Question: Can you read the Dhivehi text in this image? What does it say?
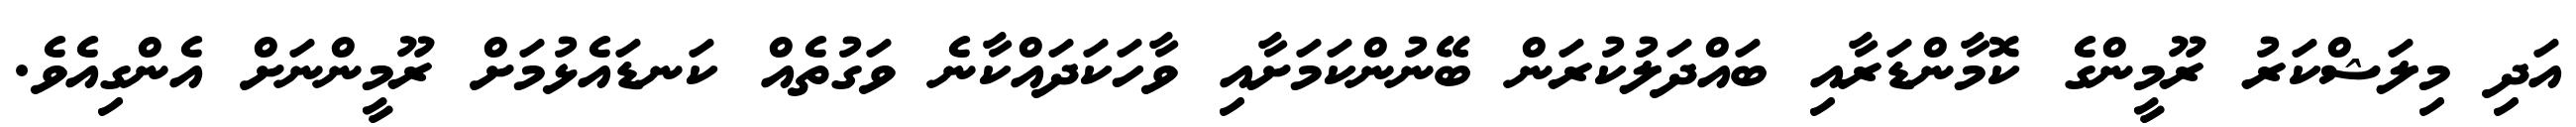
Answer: އަދި މިލަޝްކަރު ރޫމީންގެ ކޮމާންޑަރާއި ބައްދަލުކުރަން ބޭނުންކަމަށާއި ވާހަކަދައްކާނެ ވަގުތެއް ކަނޑައެޅުމަށް ރޫމީންނަށް އެންގިއެވެ.